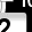
Digit: 2